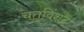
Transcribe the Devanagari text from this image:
चतुविंशद्